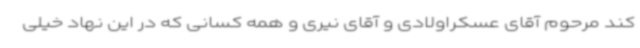
کند مرحوم آقای عسکراولادی و آقای نیری و همه کسانی که در این نهاد خیلی